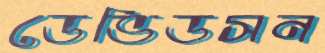
ডেভিডসন